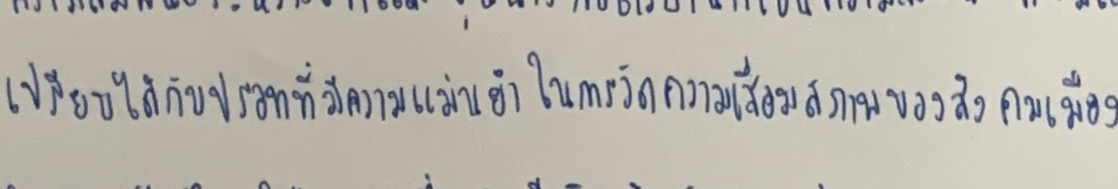
เปรียบได้กับปรอทที่มีความแม่นยำในการวัดความเสื่อมสภาพของสังคมเมือง